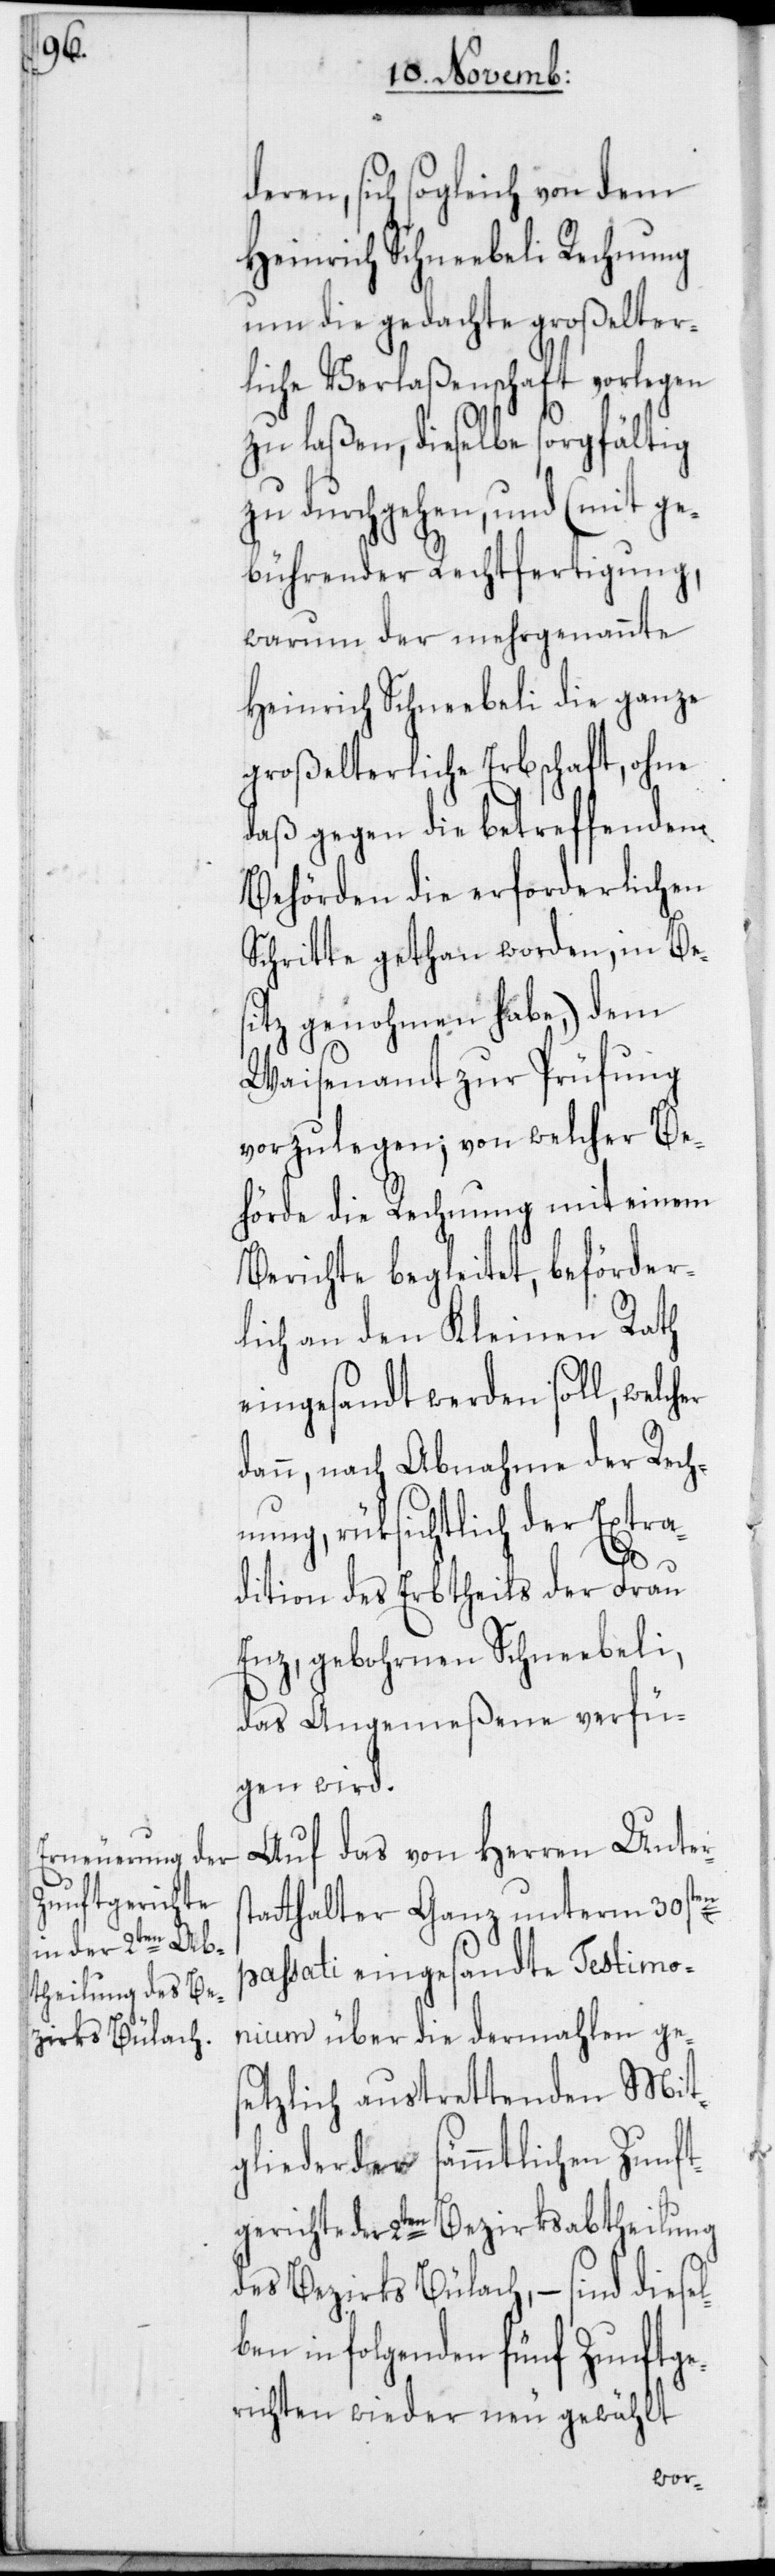
ren, sich sogleich von dem
Heinrich Schneebeli Rechnung
um die gedachte großelter¬
liche Verlaßenschaft vorlegen
zu laßen, dieselbe sorgfältig
zu durchgehen, und (mit ge¬
bührender Rechtfertigung,
warum der mehrgenannte
Heinrich Schneebeli die ganze
großelterliche Erbschaft, ohne
daß gegen die betreffenden
Behörden die erforderlichen
Schritte gethan worden, in Bes¬
itz genohmen habe,) dem
Waisenamt zur Prüfung
vorzulegen; von welcher Be¬
hörde die Rechnung mit einem
Berichte begleitet, beförder¬
lich an den Kleinen Rath
eingesandt werden soll, welcher
dann, nach Abnahme der Rech¬
nung, rüksichtlich der Extra¬
de¬
dition des Erbtheils der Frau
Enz, gebohrnen Schneebeli,
das Angemeßene verfü¬
gen wird.
Auf das von Herren Unters¬
tatthalter Ganz unterm 30sten
passati eingesandte Testimo¬
nium über die dermahlen ges¬
etzlich austrettenden Mit¬
glieder der sämmtlichen Zunft¬
gerichte der 2ten Bezirksabtheilung
des Bezirks Bülach, – sind diesel¬
ben in folgenden fünf Zunftge¬
richten wieder neu gewählt